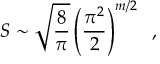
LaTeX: S \sim \sqrt { { \frac { 8 } { \pi } } } \left( { \frac { \pi ^ { 2 } } { 2 } } \right) ^ { m / 2 } \; \; ,